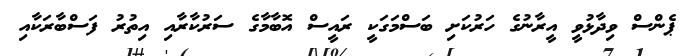
ޕެންސް ވިދާޅުވީ އީރާނުގެ ހަރުކަށި ބަސްމަގަކީ ރައީސް އޮބާމާގެ ސަރުކާރާއި އިތުރު ފަސްބާރަކާއި